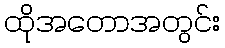
ထိုအတောအတွင်း